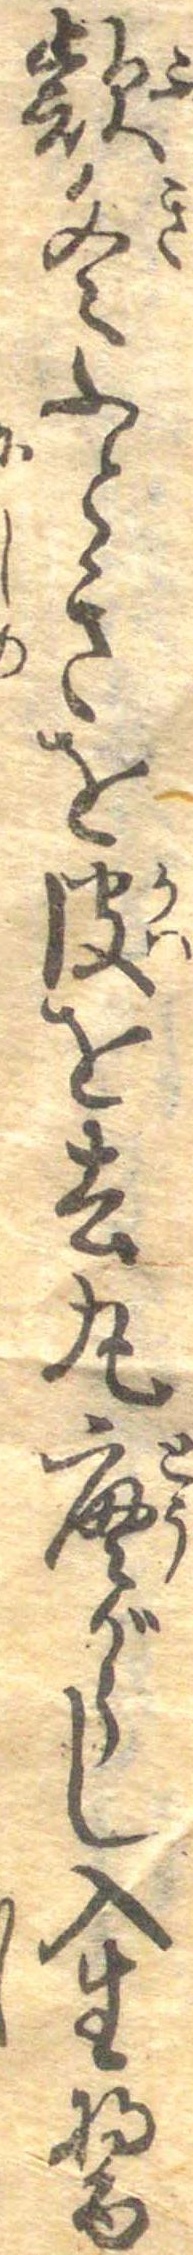
款冬ふときを皮を去丸唐がらし入生醤